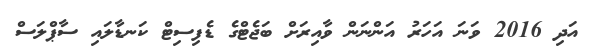
އަދި 2016 ވަނަ އަހަރު އަންނަން ވާއިރަށް ބަޖެޓްގެ ޑެފިސިޓް ކަނޑާލައި ސާޕްލަސް